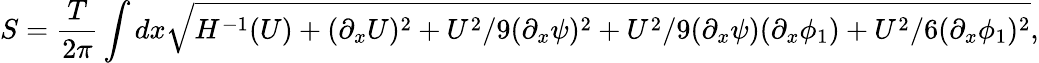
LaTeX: S=\frac{T}{2\pi}\int dx\sqrt{H^{-1}(U)+(\partial_{x}U)^{2}+{U^{2}}/{9}(\partial_{x}\psi)^{2}+{U^{2}}/{9}(\partial_{x}\psi)(\partial_{x}\phi_{1})+{U^{2}}/{6}(\partial_{x}\phi_{1})^{2}},